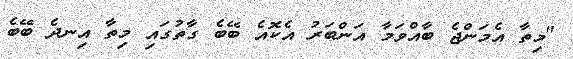
"މިތާ އެމަންޖެ ބާއްވަމާ އަންބަރު އެކޮއެ ބޭބެ ގާތުގައި މިތާ އިނދެ ބޭބެ